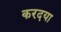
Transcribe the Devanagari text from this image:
करदया